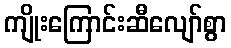
ကျိုးကြောင်းဆီလျော်စွာ